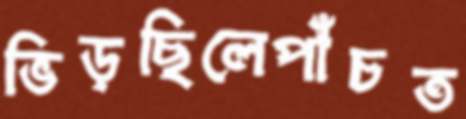
ভিড়ছিলেপাঁচত